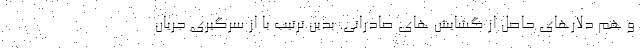
و هم دلارهای حاصل از گشایش های صادراتی. بدین ترتیب با از سرگیری جریان